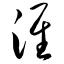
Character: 淮